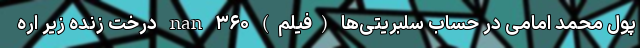
پول محمد امامی در حساب سلبریتی‌ها (فیلم) nan ۳۶۰ درخت زنده زیر اره